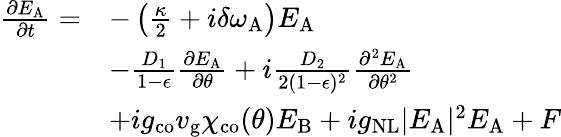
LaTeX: \begin{array}{rl}{\frac{\partial E_{\mathrm{A}}}{\partial t}=}&{-\left(\frac{\kappa}{2}+i\delta\omega_{\mathrm{A}}\right)E_{\mathrm{A}}}\\ &{-\frac{D_{1}}{1-\epsilon}\frac{\partial E_{\mathrm{A}}}{\partial\theta}+i\frac{D_{2}}{2(1-\epsilon)^{2}}\frac{\partial^{2}E_{\mathrm{A}}}{\partial\theta^{2}}}\\ &{+ig_{\mathrm{co}}v_{\mathrm{g}}\chi_{\mathrm{co}}(\theta)E_{\mathrm{B}}+ig_{\mathrm{NL}}\vert E_{\mathrm{A}}\vert^{2}E_{\mathrm{A}}+F}\end{array}